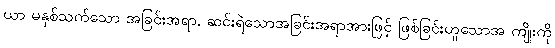
ယာ မနှစ်သက်သော အခြင်းအရာ, ဆင်းရဲသောအခြင်းအရာအားဖြင့် ဖြစ်ခြင်းဟူသောအ ကျိုးကို